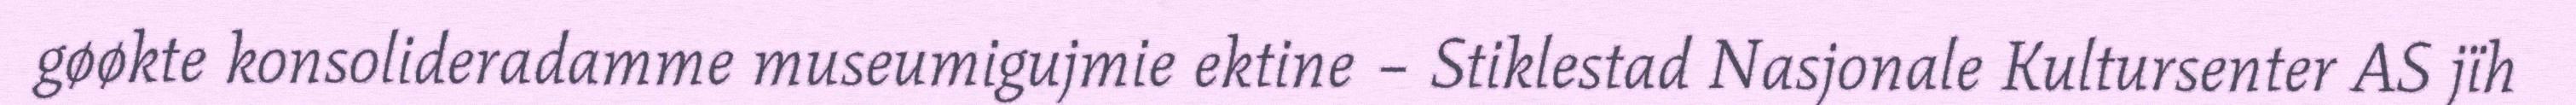
gøøkte konsolideradamme museumigujmie ektine – Stiklestad Nasjonale Kultursenter AS jïh